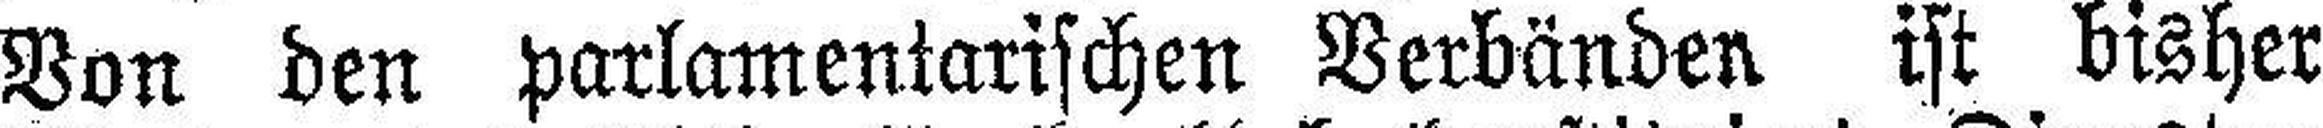
Von den parlamentarischen Verbänden ist bisher